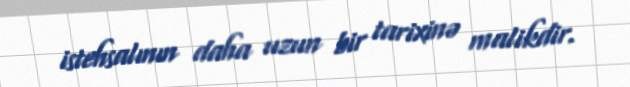
istehsalının daha uzun bir tarixinə malikdir.